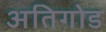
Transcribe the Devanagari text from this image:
अतिगोड